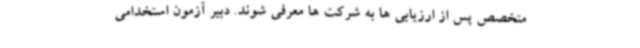
متخصص پس از ارزیابی ها به شرکت ها معرفی شوند. دبیر آزمون استخدامی